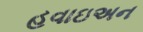
હવાઇઅન